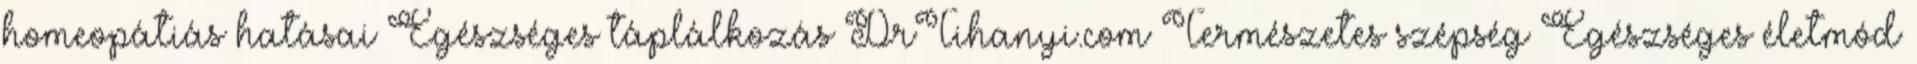
homeopátiás hatásai Egészséges táplálkozás DrTihanyi.com Természetes szépség Egészséges életmód